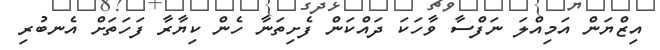
އިޒްޔަން އަމިއްލަ ނަފްސާ ވާހަކަ ދައްކަން ފެށިތަނާ ހެން ކިޔާރާ ފަހަތަށް އެނބުރި